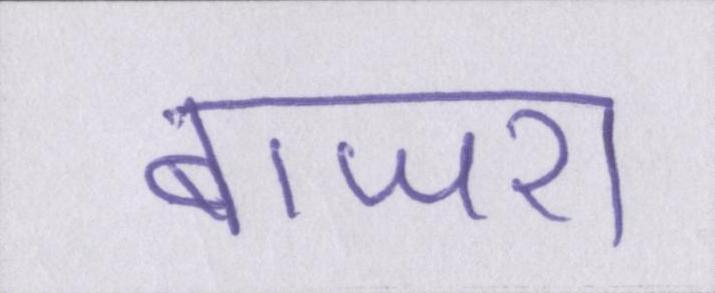
बाजरा